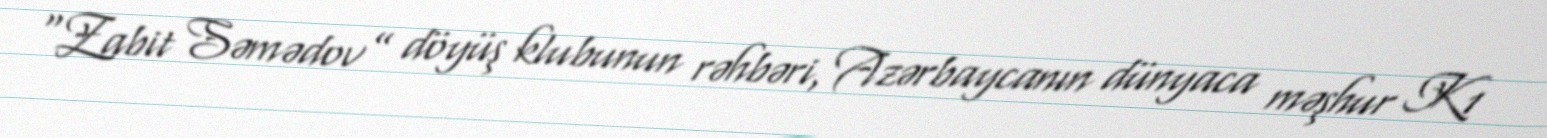
“Zabit Səmədov” döyüş klubunun rəhbəri, Azərbaycanın dünyaca məşhur K1